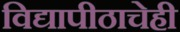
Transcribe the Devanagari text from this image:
विद्यापीठाचेही